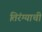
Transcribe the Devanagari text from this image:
तिरंग्याची